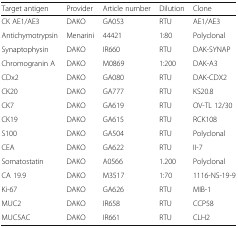
<table><thead><tr><td><b>Target antigen</b></td><td><b>Provider</b></td><td><b>Article number</b></td><td><b>Dilution</b></td><td><b>Clone</b></td></tr></thead><tbody><tr><td>CK AE1/AE3</td><td>DAKO</td><td>GA053</td><td>RTU</td><td>AE1/AE3</td></tr><tr><td>Antichymotrypsin</td><td>Menarini</td><td>44421</td><td>1:80</td><td>Polyclonal</td></tr><tr><td>Synaptophysin</td><td>DAKO</td><td>IR660</td><td>RTU</td><td>DAK-SYNAP</td></tr><tr><td>Chromogranin A</td><td>DAKO</td><td>M0869</td><td>1:200</td><td>DAK-A3</td></tr><tr><td>CDx2</td><td>DAKO</td><td>GA080</td><td>RTU</td><td>DAK-CDX2</td></tr><tr><td>CK20</td><td>DAKO</td><td>GA777</td><td>RTU</td><td>KS20.8</td></tr><tr><td>CK7</td><td>DAKO</td><td>GA619</td><td>RTU</td><td>OV-TL 12/30</td></tr><tr><td>CK19</td><td>DAKO</td><td>GA615</td><td>RTU</td><td>RCK108</td></tr><tr><td>S100</td><td>DAKO</td><td>GA504</td><td>RTU</td><td>Polyclonal</td></tr><tr><td>CEA</td><td>DAKO</td><td>GA622</td><td>RTU</td><td>II-7</td></tr><tr><td>Somatostatin</td><td>DAKO</td><td>A0566</td><td>1.200</td><td>Polyclonal</td></tr><tr><td>CA 19.9</td><td>DAKO</td><td>M3517</td><td>1:70</td><td>1116-NS-19-9</td></tr><tr><td>Ki-67</td><td>DAKO</td><td>GA626</td><td>RTU</td><td>MIB-1</td></tr><tr><td>MUC2</td><td>DAKO</td><td>IR658</td><td>RTU</td><td>CCP58</td></tr><tr><td>MUC5AC</td><td>DAKO</td><td>IR661</td><td>RTU</td><td>CLH2</td></tr></tbody></table>